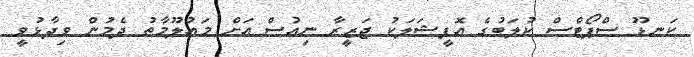
ކަނޑޫ ސްޕޯޓްސް ކުލަބުގެ އޮފީޝަލަކު ޖަޒީރާ ނިއުސް އަށް މައުލޫމާތު ދެމުން ވިދާޅުވީ